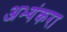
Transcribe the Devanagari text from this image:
अभ्यंकरा